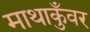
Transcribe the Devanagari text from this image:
माथाकुँवर